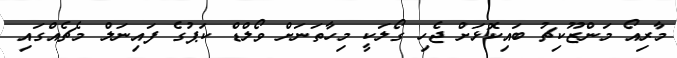
މާރިއޯ މަންޒޫކިޗު ބައިކޮޅަށް ޖެހި ގޯލަކީ މިހާތަނަށް ވޯލްޑް ކަޕުގެ ފައިނަލް މެޗެއްގައި